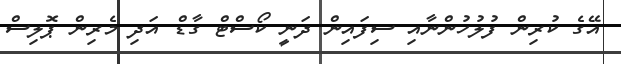
އޭގެ ކުރިން ފުލުހުންނާއި ސިފައިން ދަނީ ކޯސްޓް ގާޑް އަދި މެރިން ޕޮލިސް